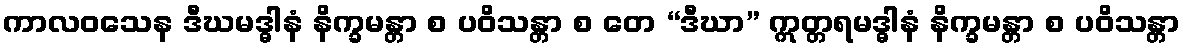
ကာလဝသေန ဒီဃမဒ္ဓါနံ နိက္ခမန္တာ စ ပဝိသန္တာ စ တေ “ဒီဃာ” ဣတ္တရမဒ္ဓါနံ နိက္ခမန္တာ စ ပဝိသန္တာ